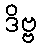
ဒိဗ္ဗ